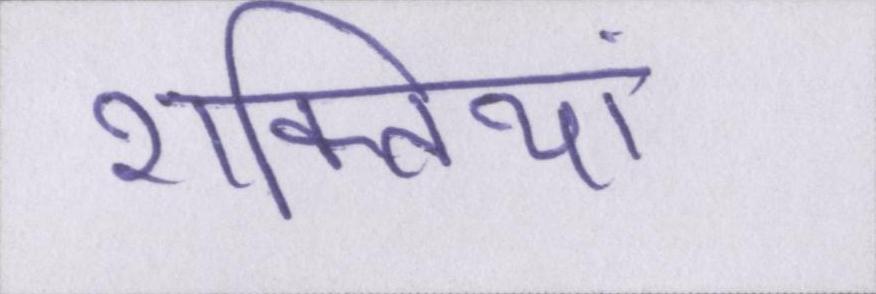
शक्तियां